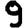
Digit: 9